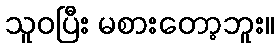
သူဝပြီး မစားတော့ဘူး။